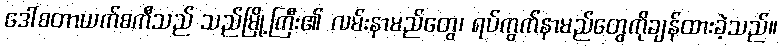
ဒေါ်စတာယက်စကီသည် သည်မြို့ကြီး၏ လမ်းနာမည်တွေ၊ ရပ်ကွက်နာမည်တွေကိုချန်ထားခဲ့သည်။